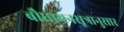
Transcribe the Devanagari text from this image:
बौधायनसूत्रानुसार